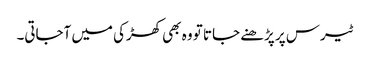
ٹیرس پر پڑھنے جاتا تو وہ بھی کھڑکی میں آجاتی۔